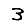
Digit: 3